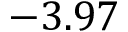
- 3 . 9 7